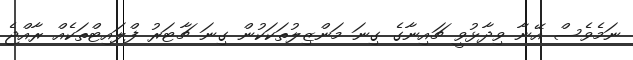
ނަމެވެސް އޭނާ ވިދާޅުވީ ޗައިނާގެ ގިނަ މަންޒިލުތަކަކުން ގިނަ ޗާޓަރު ފްލައިޓްތަކެއް ރާއްޖެ